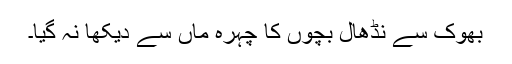
بھوک سے نڈھال بچوں کا چہرہ ماں سے دیکھا نہ گیا۔